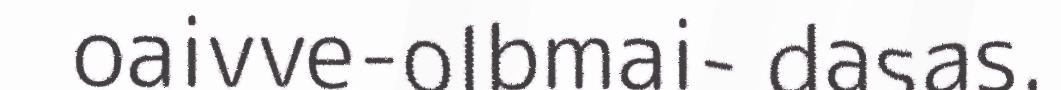
oaivve-olbmai- dasas.